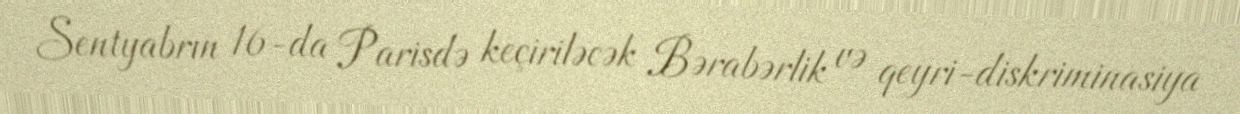
Sentyabrın 16-da Parisdə keçiriləcək Bərabərlik və qeyri-diskriminasiya